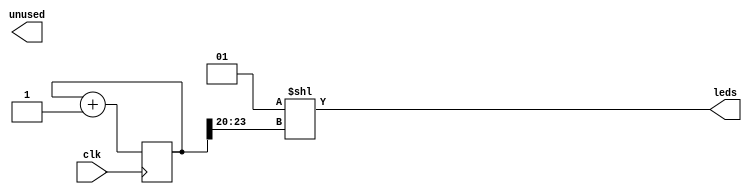
module demo (
	input clk,
	output [15:0] leds,
	output unused
);
	localparam PRESCALE = 20;
	reg [PRESCALE+3:0] counter = 0;
	always @(posedge clk) counter <= counter + 1;
	assign leds = 1 << counter[PRESCALE +: 4];
endmodule